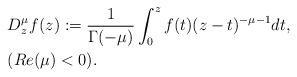
LaTeX: \begin{align*}& D_{z}^{\mu }{f(z)}:=\frac{1}{\Gamma (-\mu )}\int_{0}^{z}f(t)(z-t)^{-\mu-1}dt, \\& (Re(\mu )<0). \end{align*}